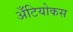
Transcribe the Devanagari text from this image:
अँटियोकस